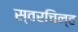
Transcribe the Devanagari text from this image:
स्वरचिन्ह